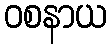
ဝစနာယ